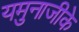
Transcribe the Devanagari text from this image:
यमुनाजीके